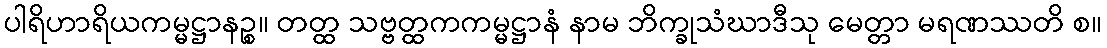
ပါရိဟာရိယကမ္မဋ္ဌာနဉ္စ။ တတ္ထ သဗ္ဗတ္ထကကမ္မဋ္ဌာနံ နာမ ဘိက္ခုသံဃာဒီသု မေတ္တာ မရဏဿတိ စ။